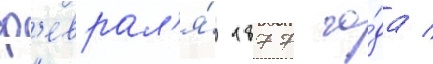
ф'еврал'я́ 1877 го́да /